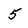
Character: 5